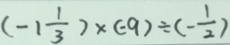
( - 1 \frac { 1 } { 3 } ) \times ( - 9 ) \div ( - \frac { 1 } { 2 } )